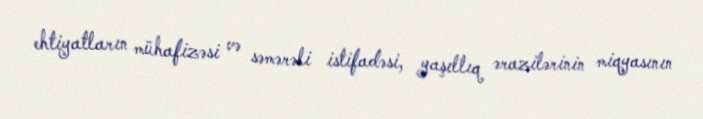
ehtiyatların mühafizəsi və səmərəli istifadəsi, yaşıllıq ərazilərinin miqyasının